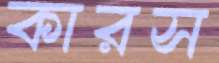
কারস